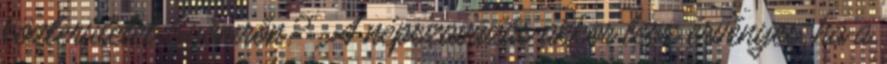
közterületet Gyömrőn?". A népszavazás akkor lesz érvényes, ha a